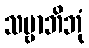
သဗ္ဗာဘိဘုံ